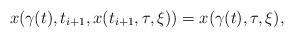
LaTeX: \begin{align*}x(\gamma(t),t_{i+1},x(t_{i+1},\tau,\xi))=x(\gamma(t),\tau,\xi),\end{align*}